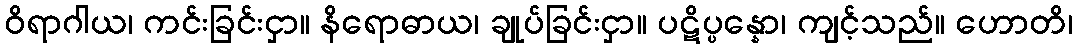
ဝိရာဂါယ၊ ကင်းခြင်းငှာ။ နိရောဓာယ၊ ချုပ်ခြင်းငှာ။ ပဋိပ္ပန္နော၊ ကျင့်သည်။ ဟောတိ၊